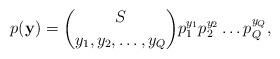
LaTeX: \begin{align*}p( \mathbf{y} ) = \binom{S}{y_1,y_2, \ldots, y_Q} p_1^{y_1} p_2^{y_2} \ldots p_Q^{y_Q},\end{align*}